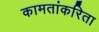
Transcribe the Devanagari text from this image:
कामतांकरिता